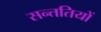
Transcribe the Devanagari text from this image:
सन्ततियों